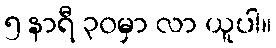
၅ နာရီ ၃၀မှာ လာ ယူပါ။